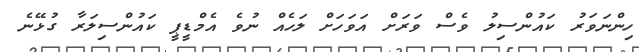
ހިންނަވަރު ކައުންސިލު ވެސް ވަރަށް އަވަހަށް ލަހެއް ނުވެ އެމްޑީޕީ ކައުންސިލަރާ ގުޅޭނެ